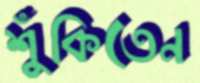
শুঁকিতেন